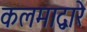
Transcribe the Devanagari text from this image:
कलमाद्वारे